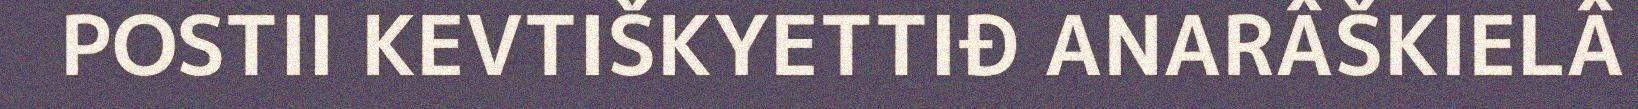
POSTII KEVTIŠKYETTIĐ ANARÂŠKIELÂ